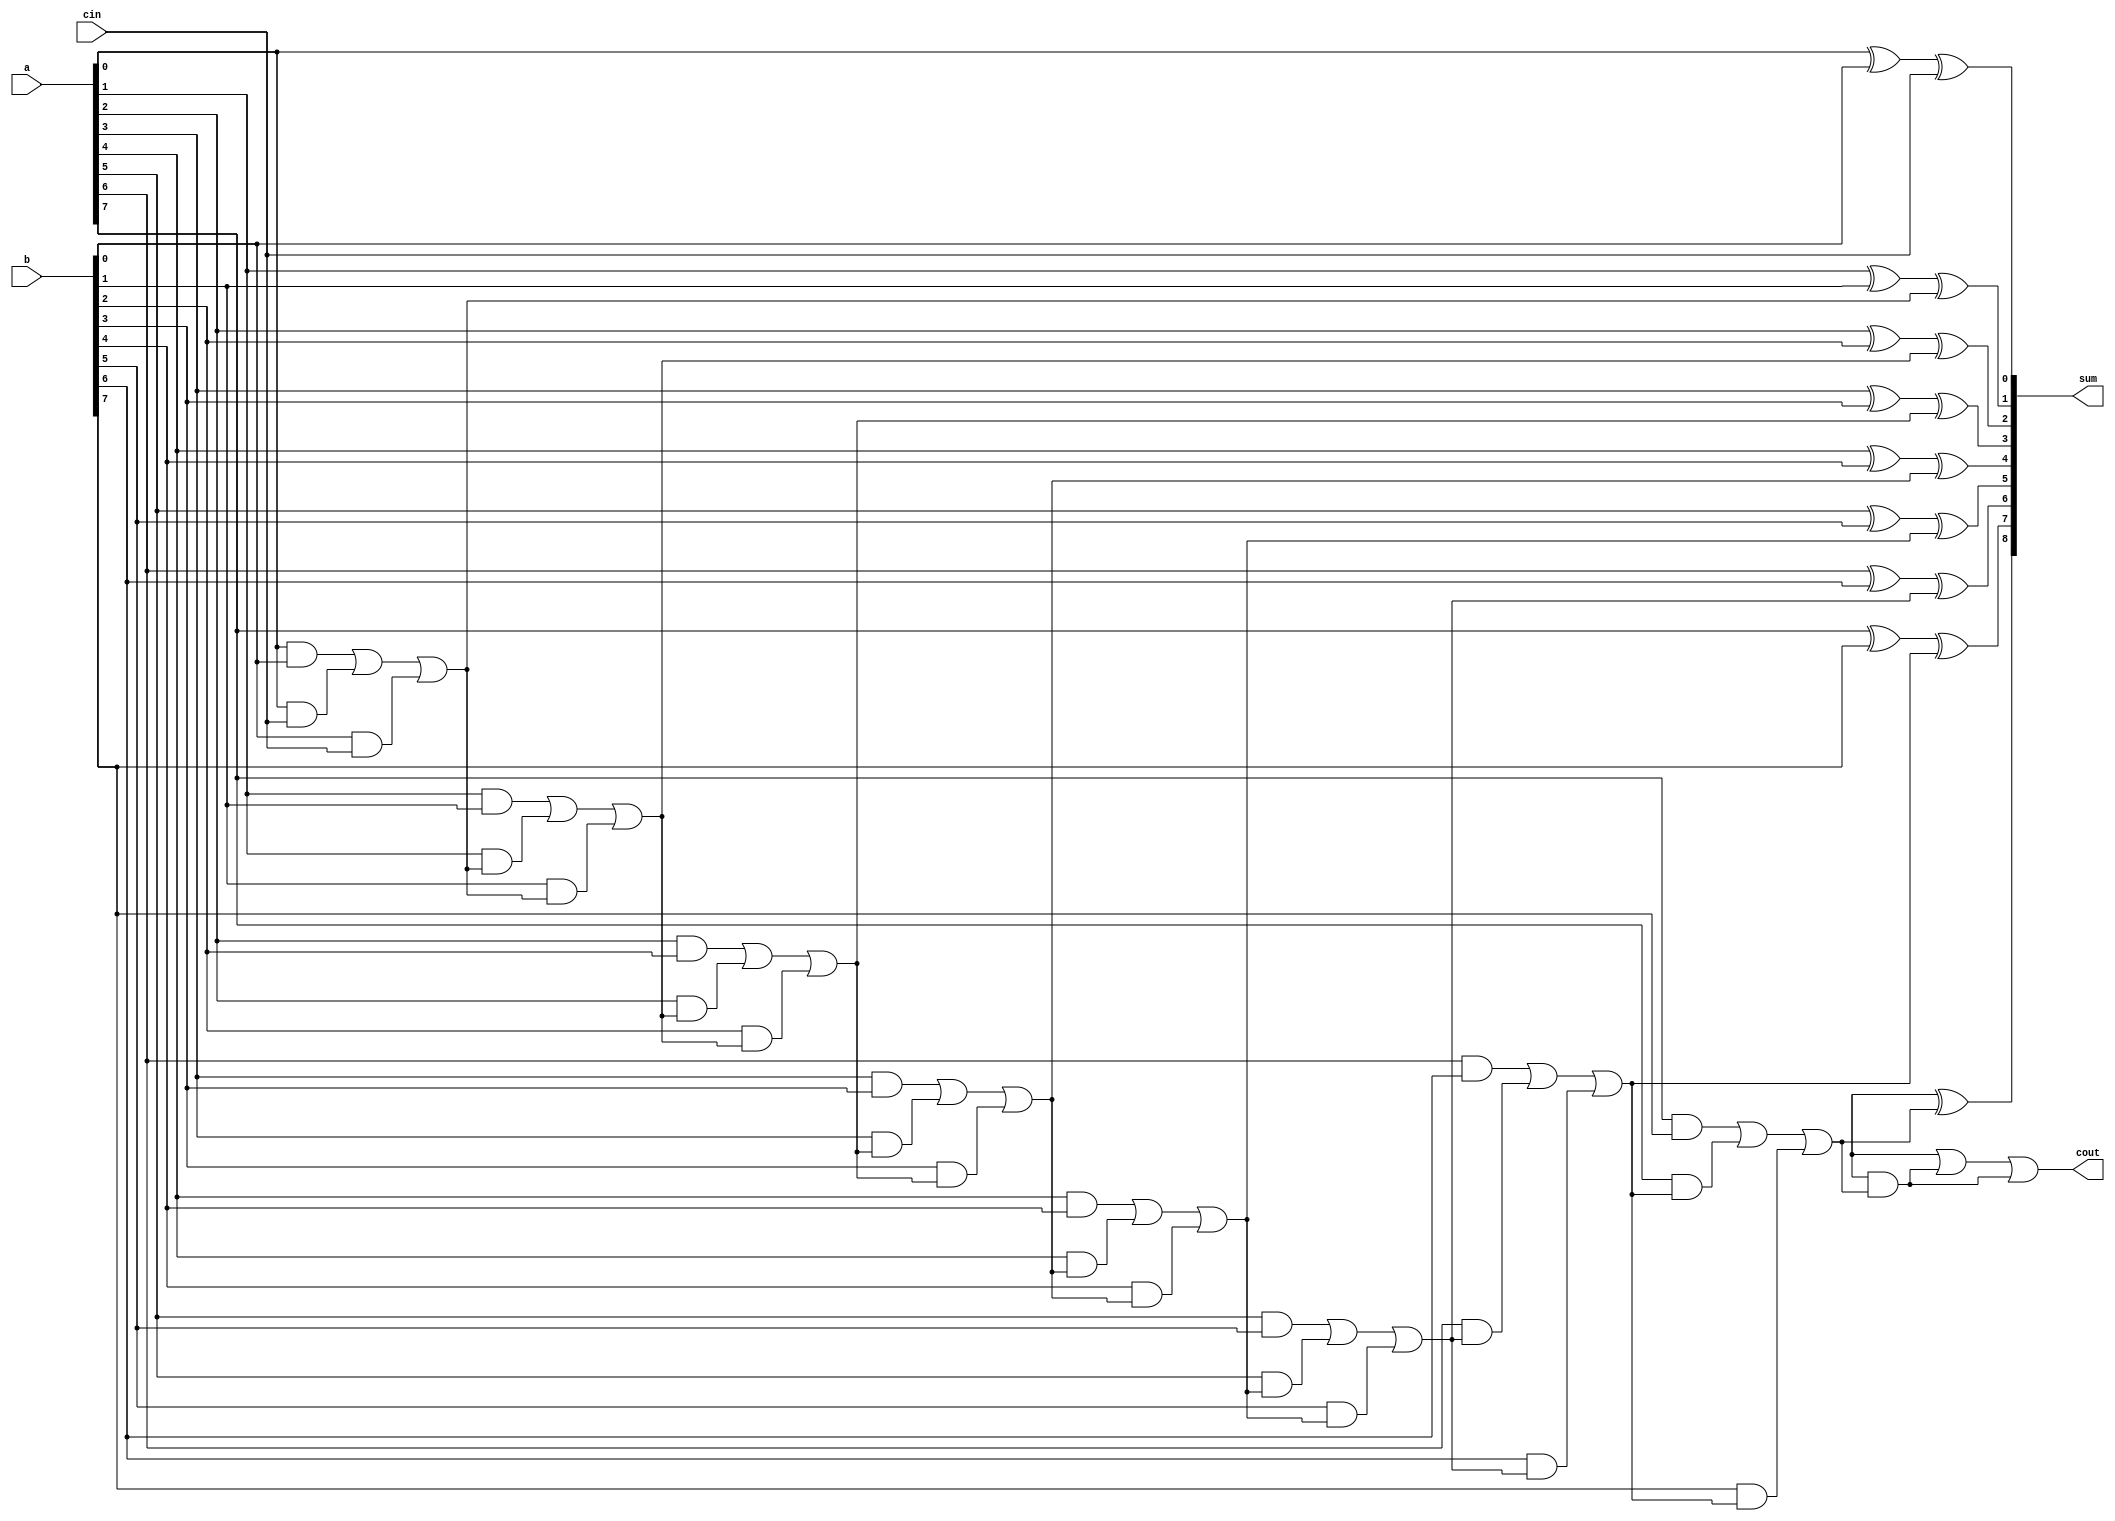
module manchester_carry_chain_adder(
    input wire [7:0] a,
    input wire [7:0] b,
    input wire cin,
    output reg [8:0] sum,
    output reg cout
);

    reg [7:0] carry;
    
    assign sum[0] = a[0] ^ b[0] ^ cin;
    assign carry[0] = (a[0] & b[0]) | (a[0] & cin) | (b[0] & cin);
    
    genvar i;
    generate
        for (i = 1; i < 8; i = i + 1) begin : adder_loop
            assign sum[i] = a[i] ^ b[i] ^ carry[i-1];
            assign carry[i] = (a[i] & b[i]) | (a[i] & carry[i-1]) | (b[i] & carry[i-1]);
        end
    endgenerate
    
    assign sum[8] = a[8] ^ b[8] ^ carry[7];
    assign cout = (a[8] & b[8]) | (a[8] & carry[7]) | (b[8] & carry[7]);
    
endmodule